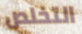
التخلص